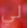
لي